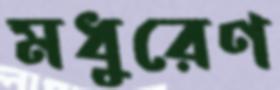
মধুরেণ